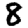
Digit: 8